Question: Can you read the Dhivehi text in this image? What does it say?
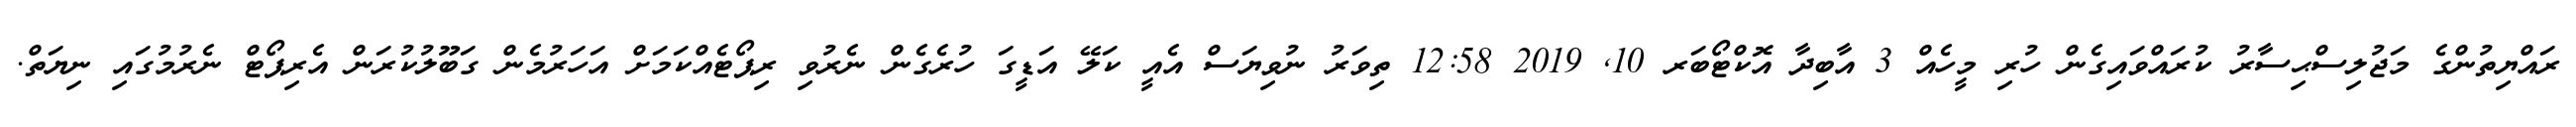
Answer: ރައްޔިތުންގެ މަޖުލިސްޙިސާރު ކުރައްވައިގެން ހުރި މީހެއް 3 އާބިދާ އޮކްޓޯބަރ 10, 2019 12:58 ތިވަރު ނުވިޔަސް އެއީ ކަލޭ އަޑީގަ ހުރެގެން ނެރުވި ރިޕޯޓެއްކަމަށް އަހަރުމެން ގަބޫލުކުރަން އެރިޕޯޓް ނެރުމުގައި ނިޔަތް.